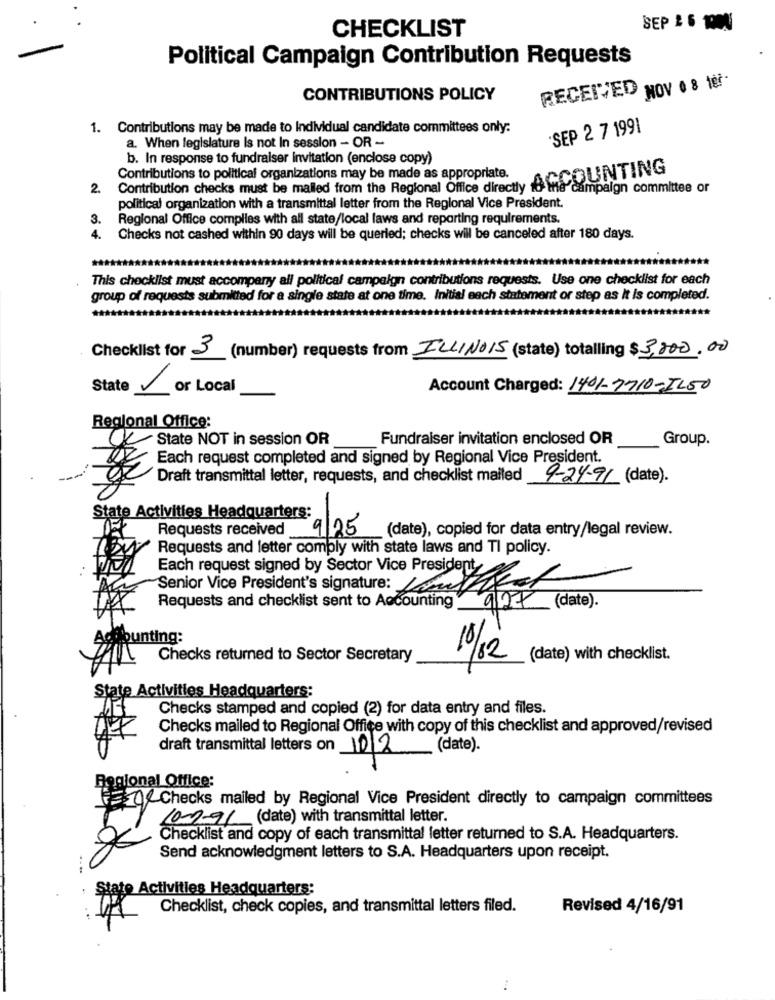
CHECKLIST
SEP 2 6 1000
Political Campaign Contribution Requests
RECEIVED NOV 0 8 100-
CONTRIBUTIONS POLICY
1. Contributions may be made to Individual candidate committees only:
SEP 2 7 1991
a. When legislature Is not In session - OR -
b. In response to fundraiser invitation (enclose copy)
COUNTING
Contributions to political organizations may be made as appropriate.
2.
Contribution checks must be mailed from the Regional Office directly 10 Me campaign committee or
political organization with a transmittal letter from the Regional Vice President.
3.
Regional Office complies with all state/local laws and reporting requirements.
4. Checks not cashed within 90 days will be queried; checks will be canceled after 180 days.
This checklist must accompany all political campaign contributions requests. Use one checklist for each
group of requests submitted for a single state at one time. Initial each statement or step as it is completed.
Checklist for 3 (number) requests from ILLINOIS (state) totalling $3,000.00
State or Local
Account Charged: 1401-7710-IL50
Regional Office:
State NOT in session OR
Fundraiser invitation enclosed OR
Group.
Each request completed and signed by Regional Vice President.
Draft transmittal letter, requests, and checklist mailed
9-24-91 (date).
State Activities Headquarters:
Requests received
9/25
(date), copied for data entry/legal review.
Requests and letter comply with state laws and TI policy.
Each request signed by Sector Vice President
Senior Vice President's signature:
Requests and checklist sent to Accounting
927 (date).
punting:
Checks returned to Sector Secretary
10/02
(date) with checklist.
State Activities Headquarters:
Checks stamped and copied (2) for data entry and files.
Checks mailed to Regional Office with copy of this checklist and approved/revised
draft transmittal letters on 10/2
(date).
Regional Office:
Checks mailed by Regional Vice President directly to campaign committees
10-0-91 (date) with transmittal letter.
Checklist and copy of each transmittal letter returned to S.A. Headquarters.
Send acknowledgment letters to S.A. Headquarters upon receipt.
....
Stato Activities Headquarters:
Checklist, check copies, and transmittal letters filed.
Revised 4/16/91